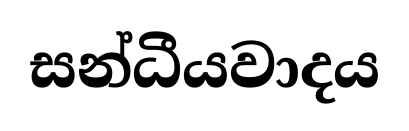
සන්ධීයවාදය